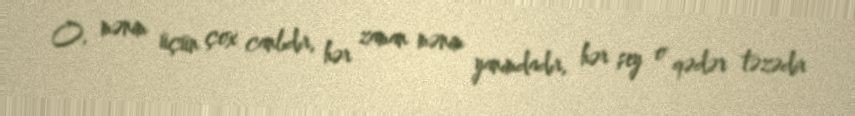
O, mənim üçün çox canlıdır, hər zaman mənim yanımdadır, hər şey o qədər təzədir